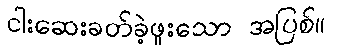
ငါးဆေးခတ်ခဲ့ဖူးသော အပြစ်။